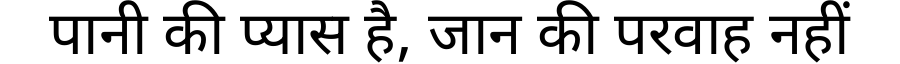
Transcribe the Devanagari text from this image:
पानी की प्यास है, जान की परवाह नहीं